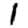
Digit: 1